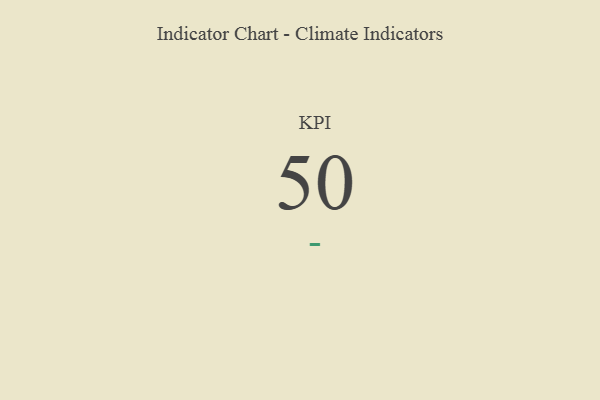
{"axis": {"x": "KPI", "y": "Value"}, "legend": [""], "data": [{"x": "KPI", "y": 50, "type": ""}]}